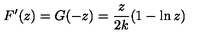
F ^ { \prime } ( z ) = G ( - z ) = { \frac { z } { 2 k } } ( 1 - \ln z )